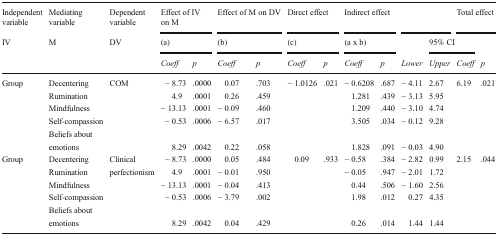
<table><thead><tr><td><b>Independent variable</b></td><td><b>Mediating variable</b></td><td><b>Dependent variable</b></td><td colspan="2"><b>Effect of IV on M</b></td><td colspan="2"><b>Effect of M on DV</b></td><td colspan="2"><b>Direct effect</b></td><td colspan="2"><b>Indirect effect</b></td><td colspan="2"></td><td colspan="2"><b>Total effect</b></td></tr><tr><td><b>IV</b></td><td><b>M</b></td><td><b>DV</b></td><td colspan="2"><b>(a)</b></td><td colspan="2"><b>(b)</b></td><td colspan="2"><b>(c)</b></td><td colspan="2"><b>(a x b)</b></td><td></td><td colspan="2"><b>95% CI</b></td><td></td></tr><tr><td></td><td></td><td></td><td><b><i>Coeff</i></b></td><td><b><i>p</i></b></td><td><b><i>Coeff</i></b></td><td><b><i>p</i></b></td><td><b><i>Coeff</i></b></td><td><b><i>p</i></b></td><td><b><i>Coeff</i></b></td><td><b><i>p</i></b></td><td><b><i>Lower</i></b></td><td><b><i>Upper</i></b></td><td><b><i>Coeff</i></b></td><td><b><i>p</i></b></td></tr></thead><tbody><tr><td>Group</td><td>Decentering</td><td>COM</td><td>− 8.73</td><td>.0000</td><td>0.07</td><td>.703</td><td>− 1.0126</td><td>.021</td><td>− 0.6208</td><td>.687</td><td>− 4.11</td><td>2.67</td><td>6.19</td><td>.021</td></tr><tr><td></td><td>Rumination</td><td></td><td>4.9</td><td>.0001</td><td>0.26</td><td>.459</td><td></td><td></td><td>1.281</td><td>.439</td><td>− 3.13</td><td>5.95</td><td></td><td></td></tr><tr><td></td><td>Mindfulness</td><td></td><td>− 13.13</td><td>.0001</td><td>− 0.09</td><td>.460</td><td></td><td></td><td>1.209</td><td>.440</td><td>− 3.10</td><td>4.74</td><td></td><td></td></tr><tr><td></td><td>Self-compassion</td><td></td><td>− 0.53</td><td>.0006</td><td>− 6.57</td><td>.017</td><td></td><td></td><td>3.505</td><td>.034</td><td>− 0.12</td><td>9.28</td><td></td><td></td></tr><tr><td></td><td>Beliefs about</td><td></td><td></td><td></td><td></td><td></td><td></td><td></td><td></td><td></td><td></td><td></td><td></td><td></td></tr><tr><td></td><td>emotions</td><td></td><td>8.29</td><td>.0042</td><td>0.22</td><td>.058</td><td></td><td></td><td>1.828</td><td>.091</td><td>− 0.03</td><td>4.90</td><td></td><td></td></tr><tr><td>Group</td><td>Decentering</td><td>Clinical</td><td>− 8.73</td><td>.0000</td><td>0.05</td><td>.484</td><td>0.09</td><td>.933</td><td>− 0.58</td><td>.384</td><td>− 2.82</td><td>0.99</td><td>2.15</td><td>.044</td></tr><tr><td></td><td>Rumination</td><td>perfectionism</td><td>4.9</td><td>.0001</td><td>− 0.01</td><td>.950</td><td></td><td></td><td>− 0.05</td><td>.947</td><td>− 2.01</td><td>1.72</td><td></td><td></td></tr><tr><td></td><td>Mindfulness</td><td></td><td>− 13.13</td><td>.0001</td><td>− 0.04</td><td>.413</td><td></td><td></td><td>0.44</td><td>.506</td><td>− 1.60</td><td>2.56</td><td></td><td></td></tr><tr><td></td><td>Self-compassion</td><td></td><td>− 0.53</td><td>.0006</td><td>− 3.79</td><td>.002</td><td></td><td></td><td>1.98</td><td>.012</td><td>0.27</td><td>4.35</td><td></td><td></td></tr><tr><td></td><td>Beliefs about</td><td></td><td></td><td></td><td></td><td></td><td></td><td></td><td></td><td></td><td></td><td></td><td></td><td></td></tr><tr><td></td><td>emotions</td><td></td><td>8.29</td><td>.0042</td><td>0.04</td><td>.429</td><td></td><td></td><td>0.26</td><td>.014</td><td>1.44</td><td>1.44</td><td></td><td></td></tr></tbody></table>